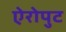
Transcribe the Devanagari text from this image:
ऐरोपुट